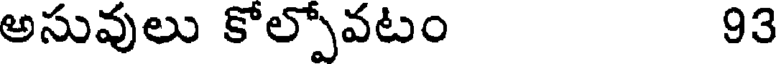
అసువులు కోల్పోవటం 93